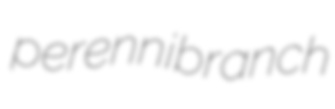
perennibranch